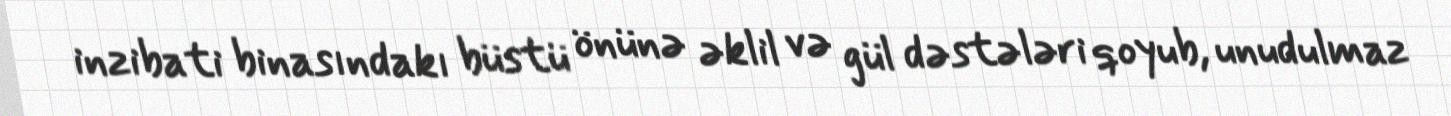
inzibati binasındakı büstü önünə əklil və gül dəstələri qoyub, unudulmaz